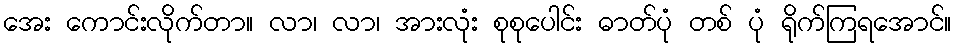
အေး ကောင်းလိုက်တာ။ လာ၊ လာ၊ အားလုံး စုစုပေါင်း ဓာတ်ပုံ တစ် ပုံ ရိုက်ကြရအောင်။